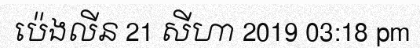
ប៉េងលីន 21 សីហា 2019 03:18 pm